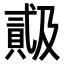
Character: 𬥠